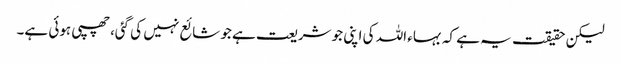
لیکن حقیقت یہ ہے کہ بہاء اللہ کی اپنی جو شریعت ہے جو شائع نہیں کی گئی، چھپی ہوئی ہے۔